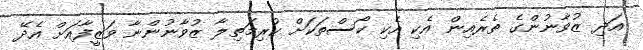
އަދި ޒުވާނުންގެ ތެރެއިން އެކި އެކި ކޯސްތަކަށް ކުރިމަތިލާ ޒުވާނުންނާ ވަޒީފާއަށް އެދޭ